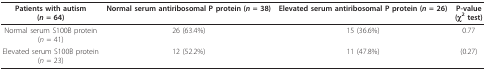
<table><thead><tr><td><b>Patients with autism(<i>n </i>= 64)</b></td><td><b>Normal serum antiribosomal P protein (<i>n </i>= 38)</b></td><td><b>Elevated serum antiribosomal P protein (<i>n </i>= 26)</b></td><td><b>P-value(χ<sup>2 </sup>test)</b></td></tr></thead><tbody><tr><td>Normal serum S100B protein(<i>n </i>= 41)</td><td>26 (63.4%)</td><td>15 (36.6%)</td><td>0.77</td></tr><tr><td>Elevated serum S100B protein(<i>n </i>= 23)</td><td>12 (52.2%)</td><td>11 (47.8%)</td><td>(0.27)</td></tr></tbody></table>